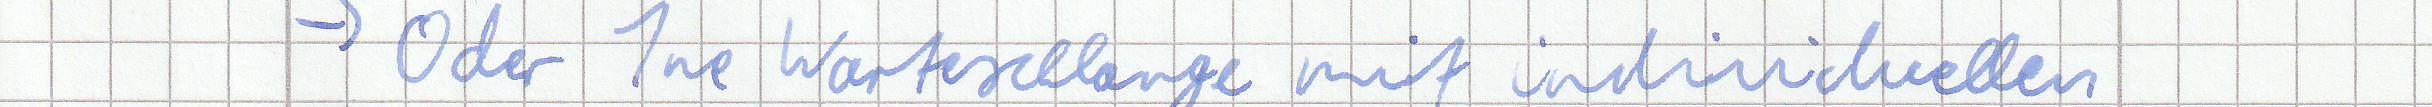
-> Oder 1ne Warteschlange mit individuellen